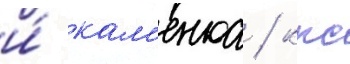
и́ кам'енка / ккс